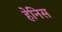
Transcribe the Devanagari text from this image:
हेनिस